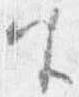
座